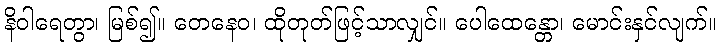
နိဝါရေတွာ၊ မြစ်၍။ တေနေဝ၊ ထိုတုတ်ဖြင့်သာလျှင်။ ပေါထေန္တော၊ မောင်းနှင်လျက်။